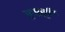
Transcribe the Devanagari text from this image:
एग्ली